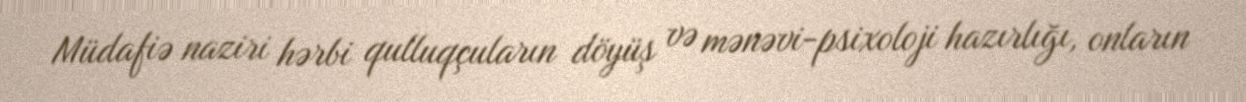
Müdafiə naziri hərbi qulluqçuların döyüş və mənəvi-psixoloji hazırlığı, onların